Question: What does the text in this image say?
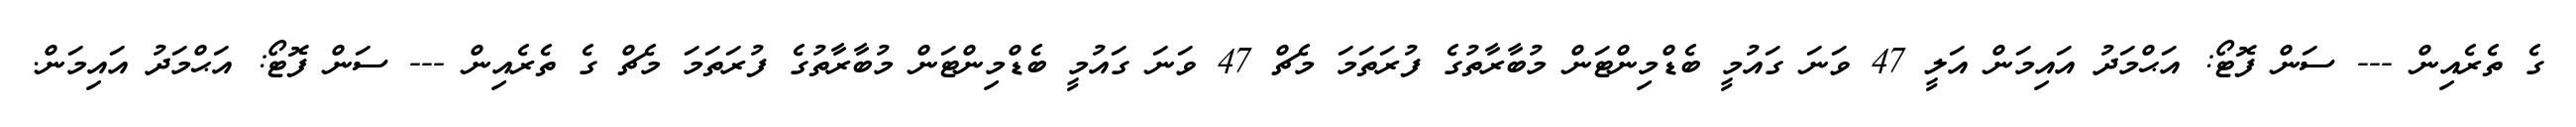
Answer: ގެ ތެރެއިން --- ސަން ފޮޓޯ: އަޙްމަދު އައިމަން އަލީ 47 ވަނަ ގައުމީ ބެޑްމިންޓަން މުބާރާތުގެ ފުރަތަމަ މެޗް 47 ވަނަ ގައުމީ ބެޑްމިންޓަން މުބާރާތުގެ ފުރަތަމަ މެޗް ގެ ތެރެއިން --- ސަން ފޮޓޯ: އަޙްމަދު އައިމަން.